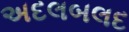
અદલબલદ